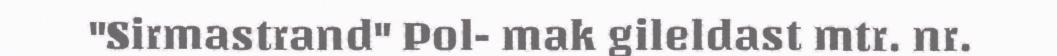
"Sirmastrand" Pol- mak gileldast mtr. nr.